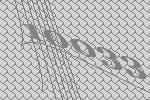
10033